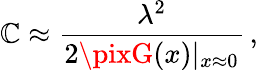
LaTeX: \mathbb{C}\approx\frac{{\lambda^{2}}}{{2\pixG(x)|_{x\approx0}}}\, ,